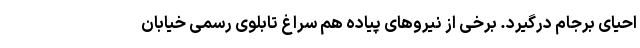
احیای برجام درگیرد. برخی از نیروهای پیاده هم سراغ تابلوی رسمی خیابان